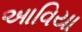
આવિયા